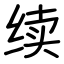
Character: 续